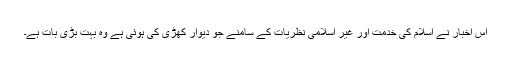
اس اخبار نے اسلام کی خدمت اور غیر اسلامی نظریات کے سامنے جو دیوار کھڑی کی ہوئی ہے وہ بہت بڑی بات ہے۔